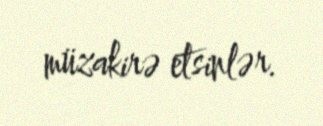
müzakirə etsinlər.